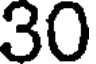
30